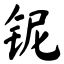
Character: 铌